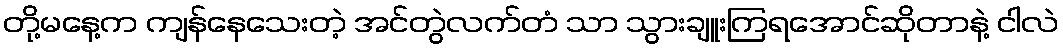
တို့မနေ့က ကျန်နေသေးတဲ့ အင်တွဲလက်တံ သာ သွားချူးကြရအောင်ဆိုတာနဲ့ ငါလဲ